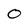
Character: O